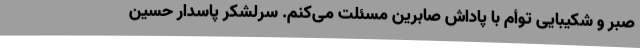
صبر و شکیبایی توأم با پاداش صابرین مسئلت می‌کنم. سرلشکر پاسدار حسین